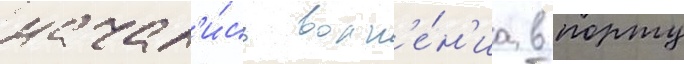
начал'и́сь волн'е́н'иа в порту